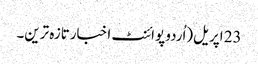
23 اپریل(اُردو پوائنٹ اخبارتازہ ترین۔